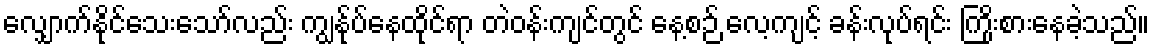
လျှောက်နိုင်သေးသော်လည်း ကျွန်ုပ်နေထိုင်ရာ တဲဝန်းကျင်တွင် နေ့စဉ် လေ့ကျင့် ခန်းလုပ်ရင်း ကြိုးစားနေခဲ့သည်။